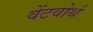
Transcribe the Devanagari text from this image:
वेंटवोर्थ